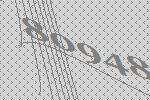
80948